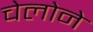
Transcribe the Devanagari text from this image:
चेलोने